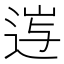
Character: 𨓂